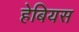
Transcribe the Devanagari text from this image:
हेबियस